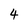
Character: 4